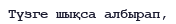
Түзге шықса албырап,